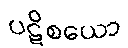
ပဋိစယော